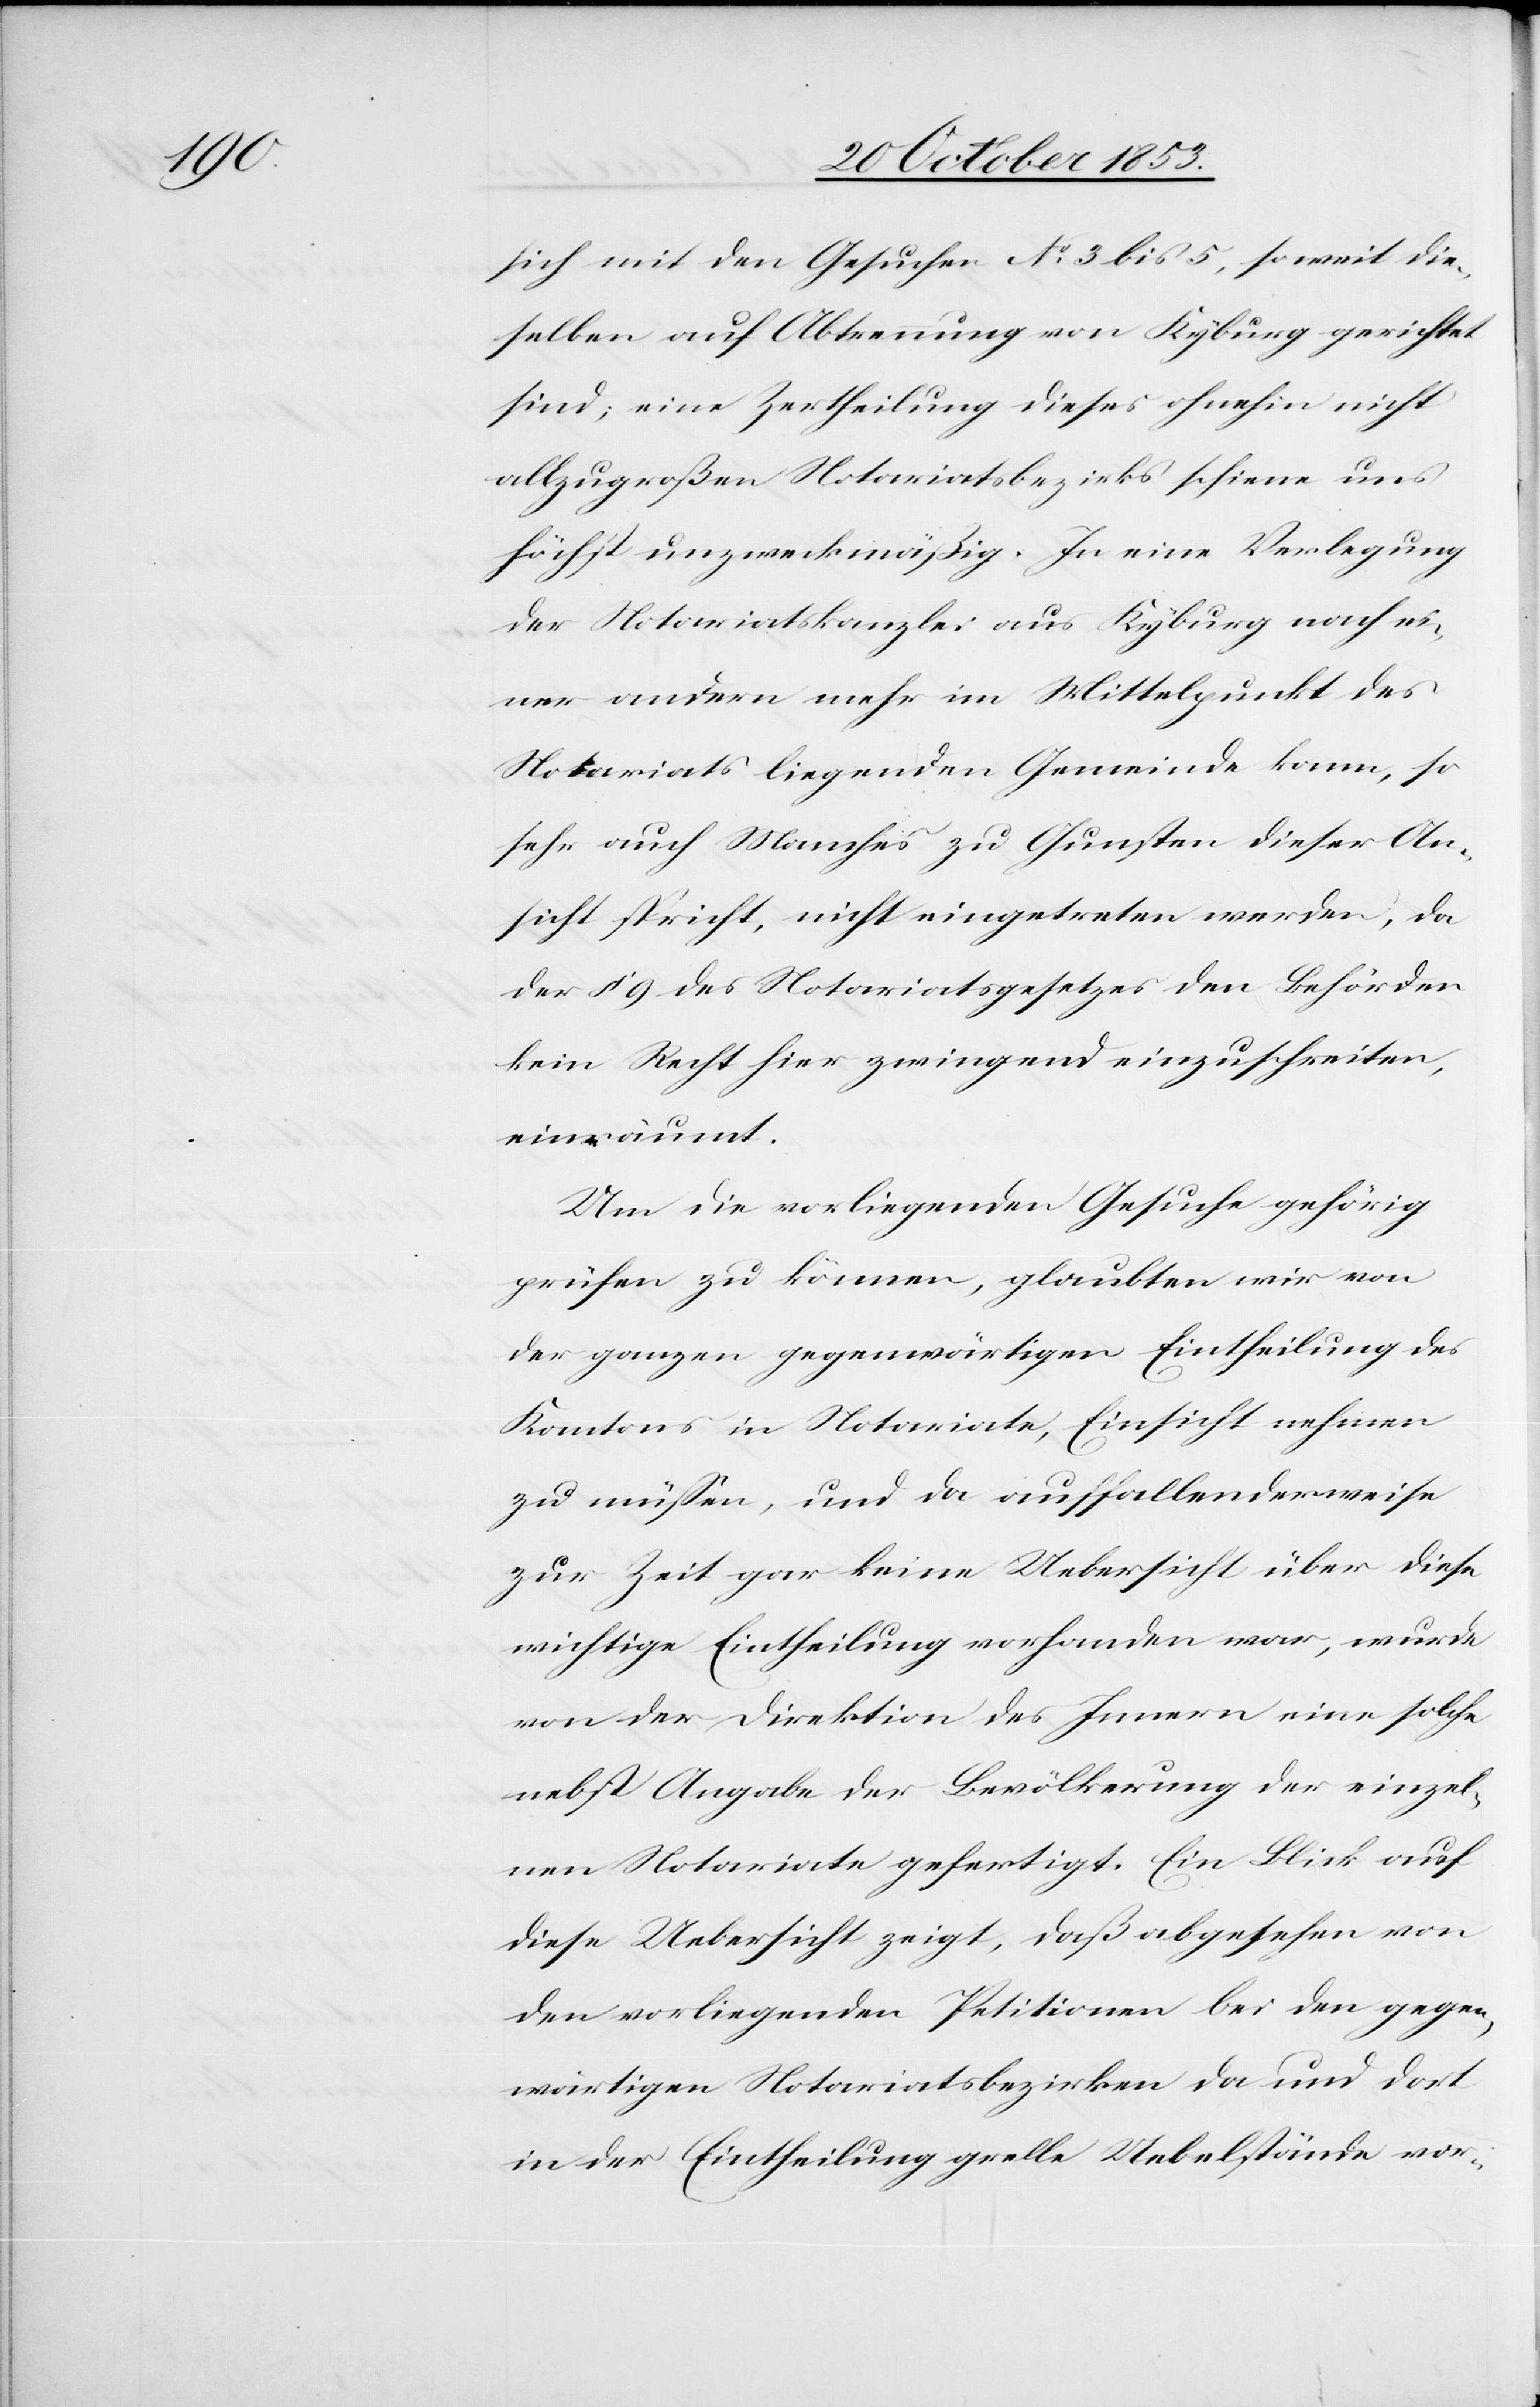
sich mit den Gesuchen N° 3 bis 5, so weit die¬
selben auf Abtrennung von Kyburg gerichtet
sind; eine Zertheilung dieses ohnehin nicht
allzugroßen Notariatsbezirks schiene uns
höchst unzweckmäßig. In eine Verlegung
der Notariatskanzlei aus Kyburg nach ei¬
ner andern mehr im Mittelpunkt des
Notariats liegenden Gemeinde kann, so
sehr auch Manches zu Gunsten dieser An¬
sicht spricht, nicht eingetreten werden, da
der § 9 des Notariatsgesetzes den Behörden
kein Recht hier zwingend einzuschreiten,
einräumt.
Um die vorliegenden Gesuche gehörig
prüfen zu können, glaubten wir von
der ganzen gegenwärtigen Eintheilung des
Kantons in Notariate, Einsicht nehmen
zu müßen, und da auffallenderweise
zur Zeit gar keine Uebersicht über diese
wichtige Eintheilung vorhanden war, wurde
von der Direktion des Innern eine solche
diese Uebersicht zeigt, daß abgesehen von
den vorliegenden Petitionen bei den gegen¬
wärtigen Notariatsbezirken da und dort
in der Eintheilung grelle Uebelstände vor-